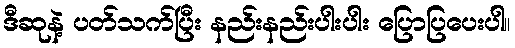
ဒီဆုနဲ့ ပတ်သက်ပြီး နည်းနည်းပါးပါး ပြောပြပေးပါ။